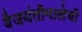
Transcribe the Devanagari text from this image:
वैजयंतीमालेची